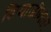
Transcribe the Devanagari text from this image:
शिवाजीनंतर